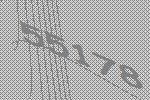
55178